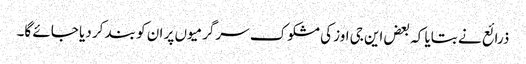
ذرائع نے بتایا کہ بعض این جی اوز کی مشکوک سرگرمیوں پر ان کو بند کر دیا جائے گا۔